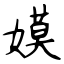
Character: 嫫